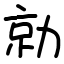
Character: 勍